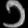
Digit: ၁